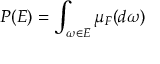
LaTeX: P ( E ) = \int _ { \omega \in E } \mu _ { F } ( d \omega )